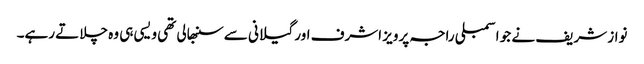
نواز شریف نے جو اسمبلی راجہ پرویز اشرف اور گیلانی سے سنبھالی تھی ویسی ہی وہ چلاتے رہے۔